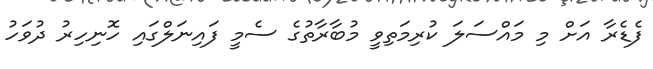
ފެޑެރާ އަށް މި މައްސަލަ ކުރިމަތިވީ މުބާރާތުގެ ސެމީ ފައިނަލްގައި ހޮނިހިރު ދުވަހު